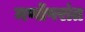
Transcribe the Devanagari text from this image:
मर्णोपरांत